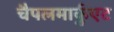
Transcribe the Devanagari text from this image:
चैपलमार्कुएट